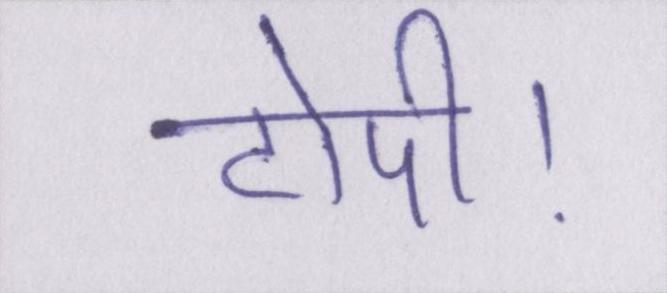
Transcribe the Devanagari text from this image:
टोपी।